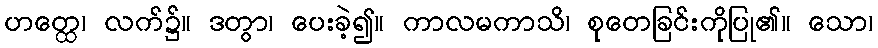
ဟတ္ထေ၊ လက်၌။ ဒတွာ၊ ပေးခဲ့၍။ ကာလမကာသိ၊ စုတေခြင်းကိုပြု၏။ သော၊